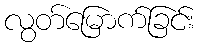
လွတ်မြောက်ခြင်း